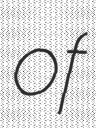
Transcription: of